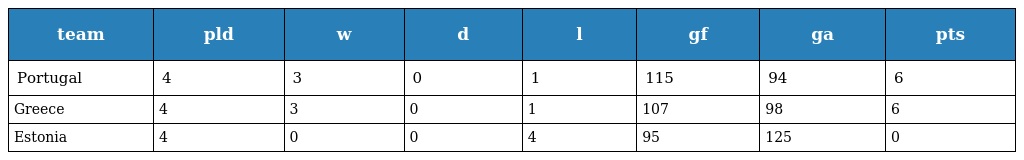
| team | pld | w | d | l | gf | ga | pts |
 | --- | --- | --- | --- | --- | --- | --- | --- |
 | Portugal | 4 | 3 | 0 | 1 | 115 | 94 | 6 |
 | Greece | 4 | 3 | 0 | 1 | 107 | 98 | 6 |
 | Estonia | 4 | 0 | 0 | 4 | 95 | 125 | 0 |